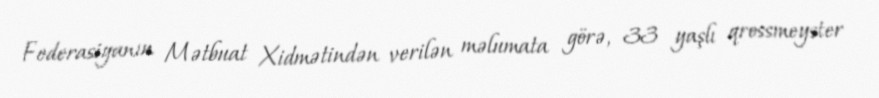
Federasiyanın Mətbuat Xidmətindən verilən məlumata görə, 33 yaşlı qrossmeyster